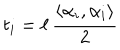
LaTeX: t _ { i } = \ell \, \frac { \left\langle \alpha _ { i } , \alpha _ { i } \right\rangle } { 2 }